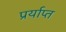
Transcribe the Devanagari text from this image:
प्रर्याप्‍त